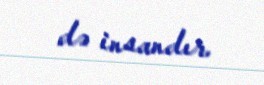
də insandır.